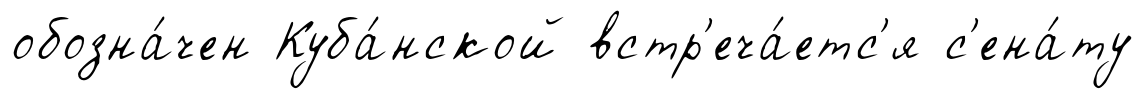
обозна́чен Куба́нской встр'еча́етс'я с'ена́ту